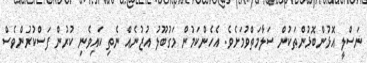
ނަސްލީ އޮޅުންބޮޅުންތަކުން ސަލާމަތްވުމަށެވެ. އެހެންކަމުން މަގުބޫލު އުޒުނެއް ނެތި ކައިވެނި ކުރުން ފަސްކުރުންވެސް